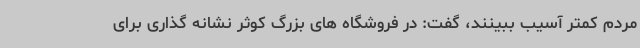
مردم کمتر آسیب ببینند، گفت: در فروشگاه های بزرگ کوثر نشانه گذاری برای